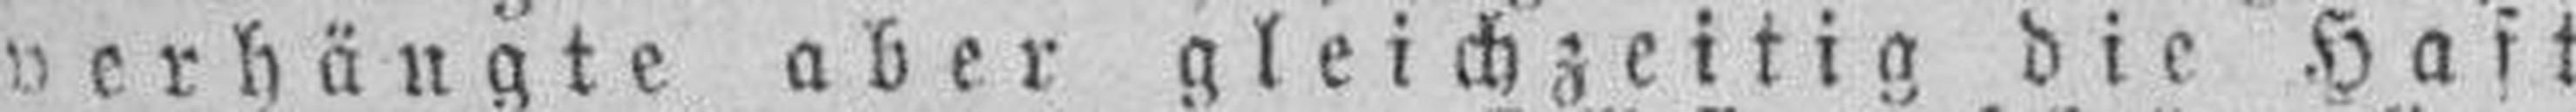
verhängte aber gleichzeitig die Haft